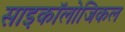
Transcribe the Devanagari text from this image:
साइकॉलोजिकल